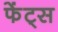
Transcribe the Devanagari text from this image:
फेंट्स